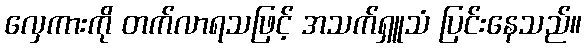
လှေကားကို တက်လာရသဖြင့် အသက်ရှူသံ ပြင်းနေသည်။